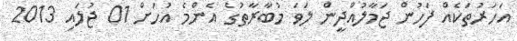
އަހަރުތަކެއް ފަހުން ޖަމާލުއްދީން ލަވަ މުބާރާތުގެ އެންމެ އުހަށް 01 ޖުލައި 2013